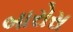
બારોસ